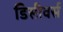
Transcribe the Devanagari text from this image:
डिसीवर्स